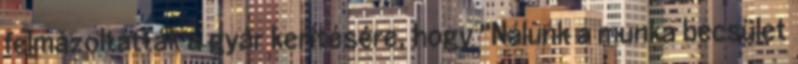
felmázoltatták a gyár kerítésére, hogy "Nálunk a munka becsület